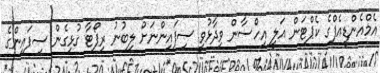
އެމްއެންޑީއެފްގެ ކެޕްޓަން އަލީ އިހްސާން ވިދާޅުވީ ސިފައިންނަށް ލިބުނު ރިޕޯޓާ ގުޅިގެން ސިފައިންގެ